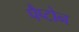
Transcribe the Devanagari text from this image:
पैप्टोन